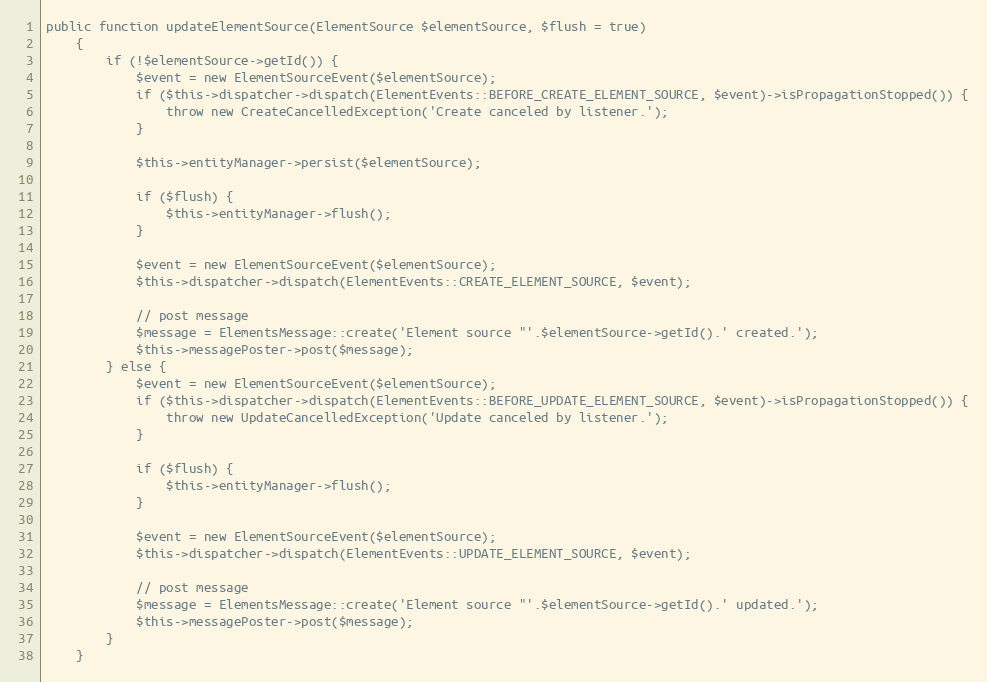
Language: PHP
public function updateElementSource(ElementSource $elementSource, $flush = true)
    {
        if (!$elementSource->getId()) {
            $event = new ElementSourceEvent($elementSource);
            if ($this->dispatcher->dispatch(ElementEvents::BEFORE_CREATE_ELEMENT_SOURCE, $event)->isPropagationStopped()) {
                throw new CreateCancelledException('Create canceled by listener.');
            }

            $this->entityManager->persist($elementSource);

            if ($flush) {
                $this->entityManager->flush();
            }

            $event = new ElementSourceEvent($elementSource);
            $this->dispatcher->dispatch(ElementEvents::CREATE_ELEMENT_SOURCE, $event);

            // post message
            $message = ElementsMessage::create('Element source "'.$elementSource->getId().' created.');
            $this->messagePoster->post($message);
        } else {
            $event = new ElementSourceEvent($elementSource);
            if ($this->dispatcher->dispatch(ElementEvents::BEFORE_UPDATE_ELEMENT_SOURCE, $event)->isPropagationStopped()) {
                throw new UpdateCancelledException('Update canceled by listener.');
            }

            if ($flush) {
                $this->entityManager->flush();
            }

            $event = new ElementSourceEvent($elementSource);
            $this->dispatcher->dispatch(ElementEvents::UPDATE_ELEMENT_SOURCE, $event);

            // post message
            $message = ElementsMessage::create('Element source "'.$elementSource->getId().' updated.');
            $this->messagePoster->post($message);
        }
    }